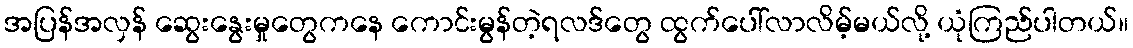
အပြန်အလှန် ဆွေးနွေးမှုတွေကနေ ကောင်းမွန်တဲ့ရလဒ်တွေ ထွက်ပေါ်လာလိမ့်မယ်လို့ ယုံကြည်ပါတယ်။